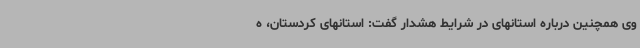
وی همچنین درباره استانهای در شرایط هشدار گفت: استانهای کردستان، ه